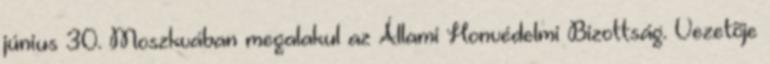
június 30. Moszkvában megalakul az Állami Honvédelmi Bizottság. Vezetõje